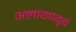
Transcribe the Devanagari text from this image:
अलायपयुथे